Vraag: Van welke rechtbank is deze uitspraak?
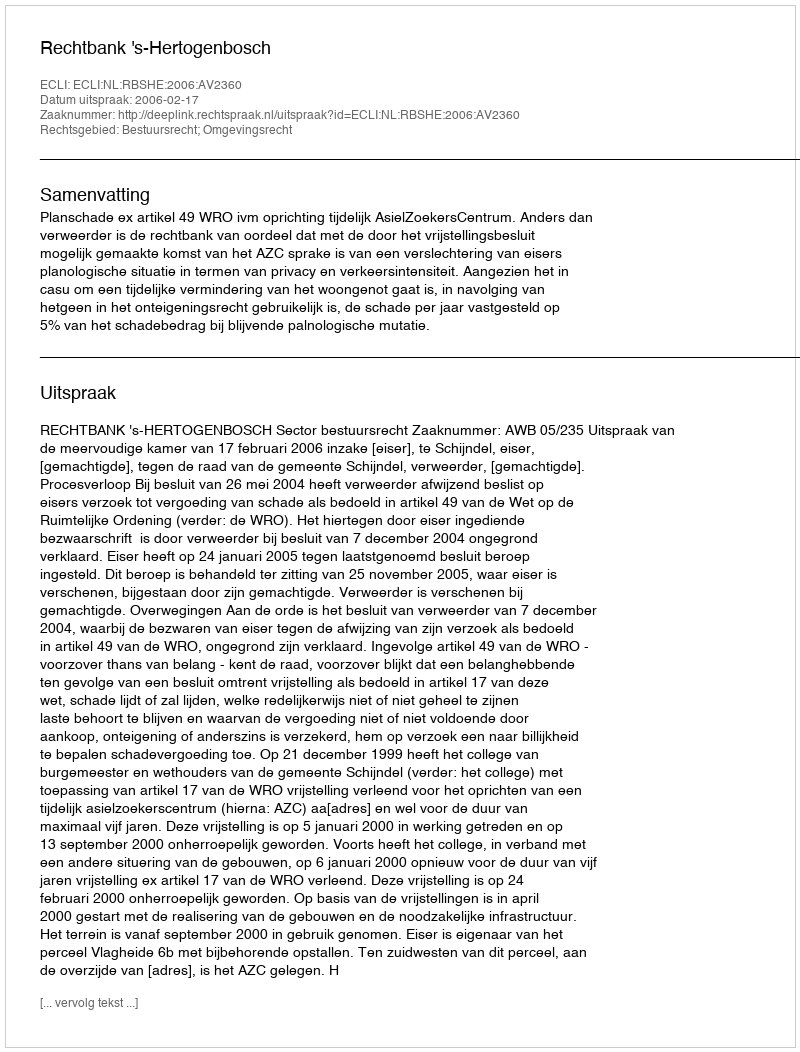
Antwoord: Rechtbank 's-Hertogenbosch